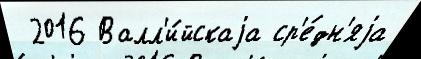
 2016 Валл'и́йскаjа ср'е́дн'яjа